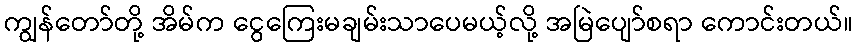
ကျွန်တော်တို့ အိမ်က ငွေကြေးမချမ်းသာပေမယ့်လို့ အမြဲပျော်စရာ ကောင်းတယ်။